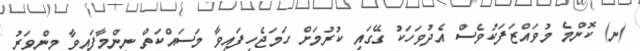
(ނ) ކޮންމެ މުވައްޒަފަކުވެސް އެދުވަހަކު ގޭގައި ކުރުމަށް ހަމަޖެހިފައިވާ މަސައްކަތް ނިންމާފައިވާ މިންވަރު